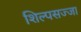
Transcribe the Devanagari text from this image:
शिल्पसज्जा